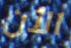
الآن